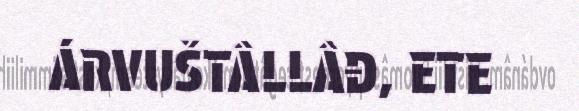
ÁRVUŠTÂLLÂĐ, ETE